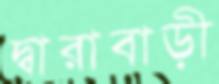
দ্বারাবাড়ী